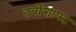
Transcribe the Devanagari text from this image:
टर्बोशाफ्ट